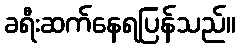
ခရီးဆက်နေရပြန်သည်။